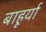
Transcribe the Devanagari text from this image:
बाहूर्या